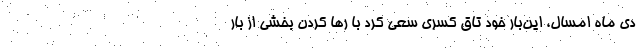
دی ماه امسال، این‌بار خود تاق کسری سعی کرد با رها کردن بخشی از بار